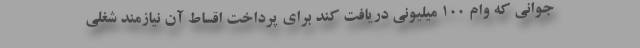
جوانی که وام ۱۰۰ میلیونی دریافت کند برای پرداخت اقساط آن نیازمند شغلی